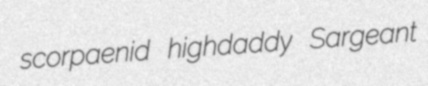
scorpaenid highdaddy Sargeant